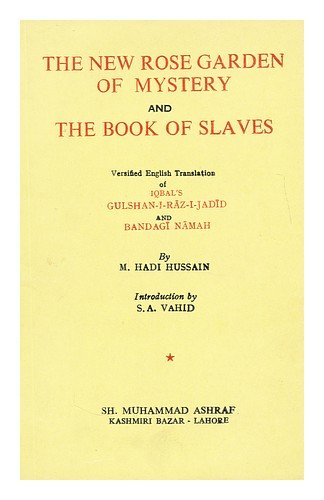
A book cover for The new rose garden of mystery : and The book of slaves / Versified English translation of Iqbal's Gulshan-i-raz-i-jadid, and Bandagi namah, by M. Hadi Hussain. Introd. by S. A. Vahid; Muhammad, Sir (1877-1938) Iqbal; Crafts, Hobbies & Home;